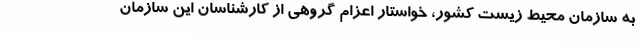
به سازمان محیط زیست کشور، خواستار اعزام گروهی از کارشناسان این سازمان